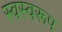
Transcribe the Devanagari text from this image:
स्वस्वरूप